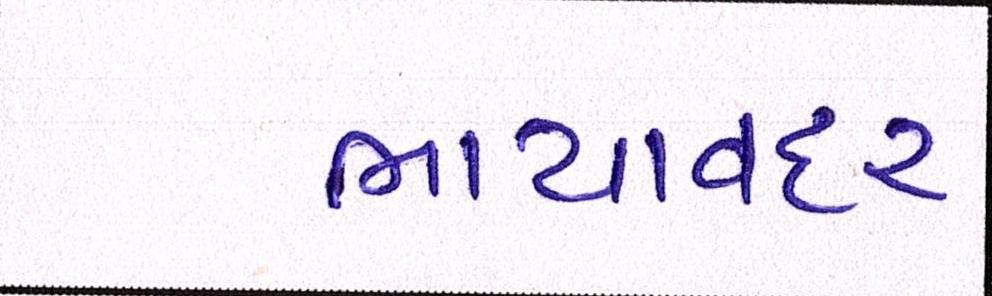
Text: ભાયાવદર